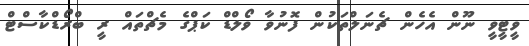
ވީޓީވީ ނޫން އެހެން ޗެނަލްތަކުން ފޮނުވާ ވޯލްޑް ކަޕްގެ މެޗްތައް ރީ ބްރޯޑްކާސްޓް